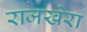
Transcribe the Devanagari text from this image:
राजखेरा